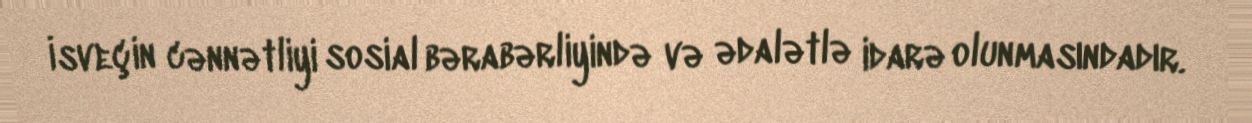
İsveçin cənnətliyi sosial bərabərliyində və ədalətlə idarə olunmasındadır.